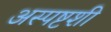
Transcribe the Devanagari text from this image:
अस्पष्टशी